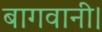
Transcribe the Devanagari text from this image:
बागवानी।